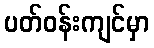
ပတ်ဝန်းကျင်မှာ